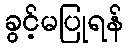
ခွင့်မပြုရန်